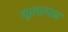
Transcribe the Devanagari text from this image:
धूसरपन